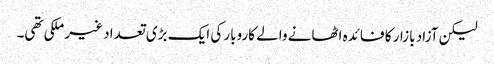
لیکن آزاد بازار کا فائدہ اٹھانے والے کاروبار کی ایک بڑی تعداد غیر ملکی تھی۔